Vital statistics of India. Vol. IV, Annual returns from 1871 to 1876. British Army of India, Native Army and jails of Bengal
Year: 1871
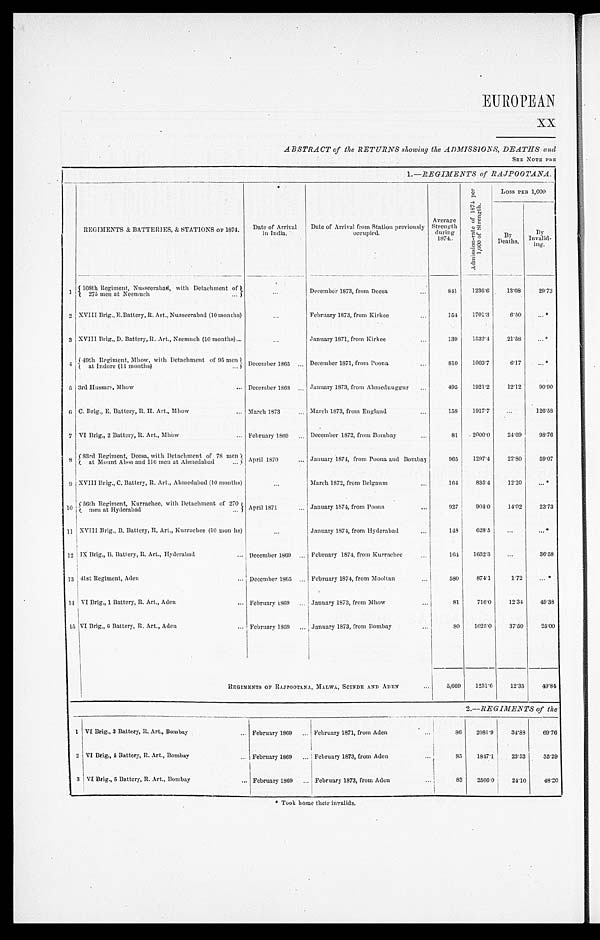
EUROPEAN
XX
ABSTRACT of the RETURNS showing the ADMISSIONS, DEATHS and
SEE NOTE PRE
1.— REGIMENTS of RAJPOOTANA.
REGIMENTS & BATTERIES, & STATIONS OF 1874.
Date of Arrival
in India.
Date of Arrival from Station previously
occupied.
Average
Strength
during
1874.
A d m i s s i o n - r a t e o f 1 8 7 4 p e r 1 , 0 0 0 o f S t r e n g t h .
Loss PER 1,000
By
Deaths.
By
Invalid-
ing.
1
108th Regiment, Nusseerabad, with Detachment of
2 7 5 m e n a t N e e m u c h . . .
. . . December 1873, from Deesa . . .
841
1236.6
13.08
29.73
2 XVIII Brig., E.Battery, R. Art., Nusseerabad (10 months)
. . .
February 1873, from Kirkee . . .
154
1701.3
6.50
. . . *
3 XVIII Brig., D. Battery, R. Art., Neemuch (10 months) . . .
. . .
January 1871, from Kirkee . . .
139
1532.4
21.58
. . . *
4
49th Regiment, Mhow, with Detachment of 95 men
at Indore (11 months) . . .
December 1865 . . . December 1871, from Poona . . .
810
1003.7
6.17
. . . *
5 3rd Hussars Mhow . . .
December 1868 . . . January 1873, from Ahmednuggur . . .
495
1921.2
12.12
90.90
6 C. Brig., E. Battery, R. H. Art., Mhow . . .
March 1873 . . .
March 1873, from England . . .
158
1917.7
. . .
126.58
7 VI Brig., 2 Battery, R. Art., Mhow . . .
February 1869 . . .
December 1872, from Bombay . . .
8 1
2000.0
24.69
98.76
8 83rd Regiment, Deesa, with Detachment of 78 men
at Mount Aboo and 116 men at Ahmedabad . . .
April 1870 . . .
January 1874, from Poona and Bombay
965
1297.4
22.80
59.07
9 XVIII Brig., C. Battery, R. Art., Ahmedabad (10 months)
. . .
March 1872, from Belgaum . . .
164
835.4
12.20
. . . *
10
56th Regiment, Kurrachee, with Detachment of 270
m e n a t H y d e r a b a d . . .
Ap r i l 1 8 7 1 . . .
January 1874, from Poona . . .
927
904.0
14.02
23.73
1 1 XVIII Brig., B. Battery, R, Art., Kurrachee (10 months)
. . .
January 1874, from Hyderabad . . .
148
628.5
. . .
. . . *
12 IX Brig., B. Battery, R. Art., Hyderabad . . . December 1869 . . .
February 1874, from Kurrachee . . .
164
1652.3
. . .
36.58
13 41st Regiment, Aden . . . December 1865 . . . February 1874, from Mooltan . . .
580
874.1
1.72
. . . *
14 VI Brig., 1 Battery, R. Art., Aden . . . February 1869 . . .
January 1873, from Mhow . . .
81
716.0
12.34
49.38
15 VI Brig., 6 Battery, R. Art., Aden . . . February 1869 . . .
January 1873, from Bombay . . .
8 0
1025.0
37.50
25.00
REGIMENTS OF RAJPOOTANA., MALWA, SCINDE AND ADEN
. . .
5,669
1231.6
12.35
49.84
2.—REGIMENTS of the
1 VI Brig., 3 Battery, R. Art., Bombay . . .
February 1869 . . . February 1871, from Aden . . .
86
2081.9
34.88
69.76
2 VI Brig., 4 Battery, R. Art., Bombay . . .
February 1869 . . . February 1873, from Aden . . .
85
1847.1
23.53
35.29
3 VI Brig., 5 Battery, R. Art., Bombay
. . .
February 1869 . . . February 1873, from Aden . . .
83
2506.0
24.10
48.20
* Took home their invalids.